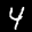
Label: 4